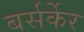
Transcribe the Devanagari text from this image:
बर्सर्केर